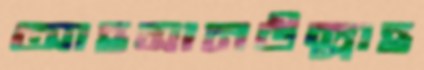
আহসানউল্লাহ